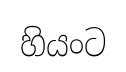
හියංට